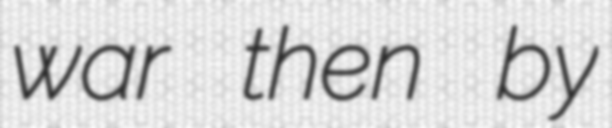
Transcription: war then by